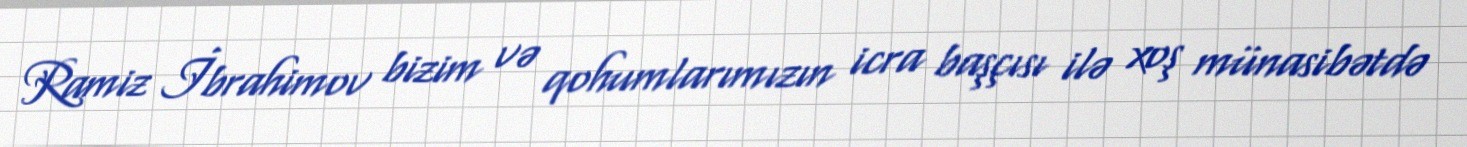
Ramiz İbrahimov bizim və qohumlarımızın icra başçısı ilə xoş münasibətdə